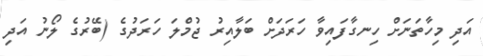
އަދި މިހާތަނަށް ހިނގާފައިވާ ހަރަދަށް ބަލާއިރު ޖުމްލަ ހަރަދުގެ (ބޭރުގެ ލޯނު އަދި